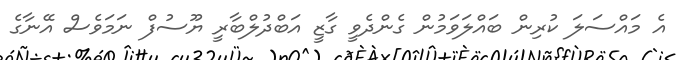
އެ މައްސަލަ ކުރިން ބައްލަވަމުން ގެންދެވީ ގާޒީ އަބްދުލްބާރީ ޔޫސުފް ނަމަވެސް އޭނާގެ